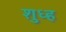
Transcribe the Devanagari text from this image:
शुध्ह